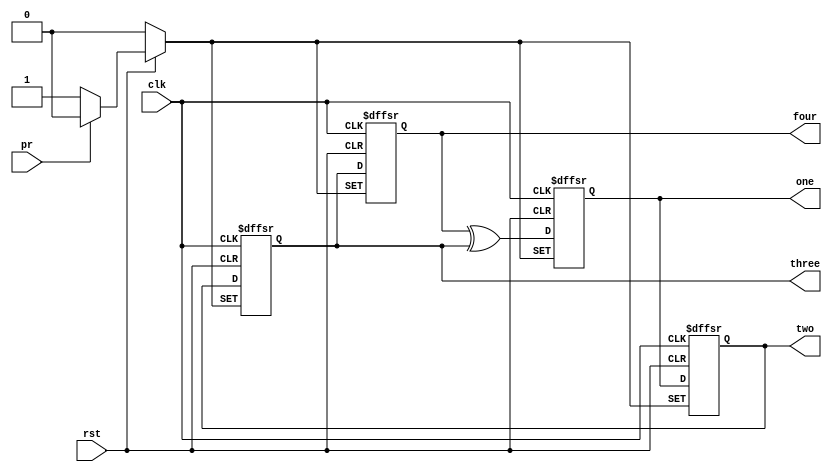
// Copyright (C) 2020  Intel Corporation. All rights reserved.
// Your use of Intel Corporation's design tools, logic functions 
// and other software and tools, and any partner logic 
// functions, and any output files from any of the foregoing 
// (including device programming or simulation files), and any 
// associated documentation or information are expressly subject 
// to the terms and conditions of the Intel Program License 
// Subscription Agreement, the Intel Quartus Prime License Agreement,
// the Intel FPGA IP License Agreement, or other applicable license
// agreement, including, without limitation, that your use is for
// the sole purpose of programming logic devices manufactured by
// Intel and sold by Intel or its authorized distributors.  Please
// refer to the applicable agreement for further details, at
// https://fpgasoftware.intel.com/eula.

// PROGRAM		"Quartus Prime"
// VERSION		"Version 20.1.1 Build 720 11/11/2020 SJ Lite Edition"
// CREATED		"Tue Dec 21 10:48:26 2021"

module random(
	rst,
	clk,
	pr,
	one,
	two,
	three,
	four
);


input wire	rst;
input wire	clk;
input wire	pr;
output wire	one;
output wire	two;
output wire	three;
output wire	four;

wire	SYNTHESIZED_WIRE_0;
reg	DFF_inst7;
reg	SYNTHESIZED_WIRE_1;
reg	DFF_inst;
reg	DFF_inst5;

assign	one = DFF_inst;
assign	two = DFF_inst5;
assign	three = SYNTHESIZED_WIRE_1;
assign	four = DFF_inst7;




always@(posedge clk or negedge rst or negedge pr)
begin
if (!rst)
	begin
	DFF_inst <= 0;
	end
else
if (!pr)
	begin
	DFF_inst <= 1;
	end
else
	begin
	DFF_inst <= SYNTHESIZED_WIRE_0;
	end
end

assign	SYNTHESIZED_WIRE_0 = DFF_inst7 ^ SYNTHESIZED_WIRE_1;


always@(posedge clk or negedge rst or negedge pr)
begin
if (!rst)
	begin
	DFF_inst5 <= 0;
	end
else
if (!pr)
	begin
	DFF_inst5 <= 1;
	end
else
	begin
	DFF_inst5 <= DFF_inst;
	end
end


always@(posedge clk or negedge rst or negedge pr)
begin
if (!rst)
	begin
	SYNTHESIZED_WIRE_1 <= 0;
	end
else
if (!pr)
	begin
	SYNTHESIZED_WIRE_1 <= 1;
	end
else
	begin
	SYNTHESIZED_WIRE_1 <= DFF_inst5;
	end
end


always@(posedge clk or negedge rst or negedge pr)
begin
if (!rst)
	begin
	DFF_inst7 <= 0;
	end
else
if (!pr)
	begin
	DFF_inst7 <= 1;
	end
else
	begin
	DFF_inst7 <= SYNTHESIZED_WIRE_1;
	end
end


endmodule